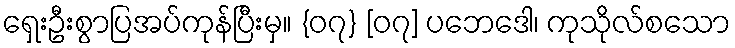
ရှေးဦးစွာပြအပ်ကုန်ပြီးမှ။ {၀၇} [၀၇] ပဘေဒေါ၊ ကုသိုလ်စသော